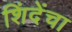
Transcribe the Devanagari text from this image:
शिंदेंचा